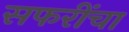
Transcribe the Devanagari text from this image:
सफरींचा